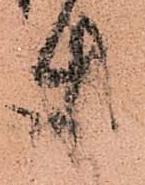
使